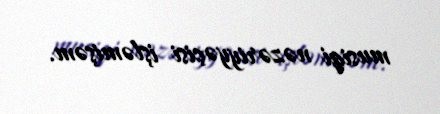
musiqi nəzəriyyəçisi işləmişəm.